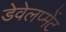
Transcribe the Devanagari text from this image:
डेवेलप्मेंट